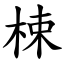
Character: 梀